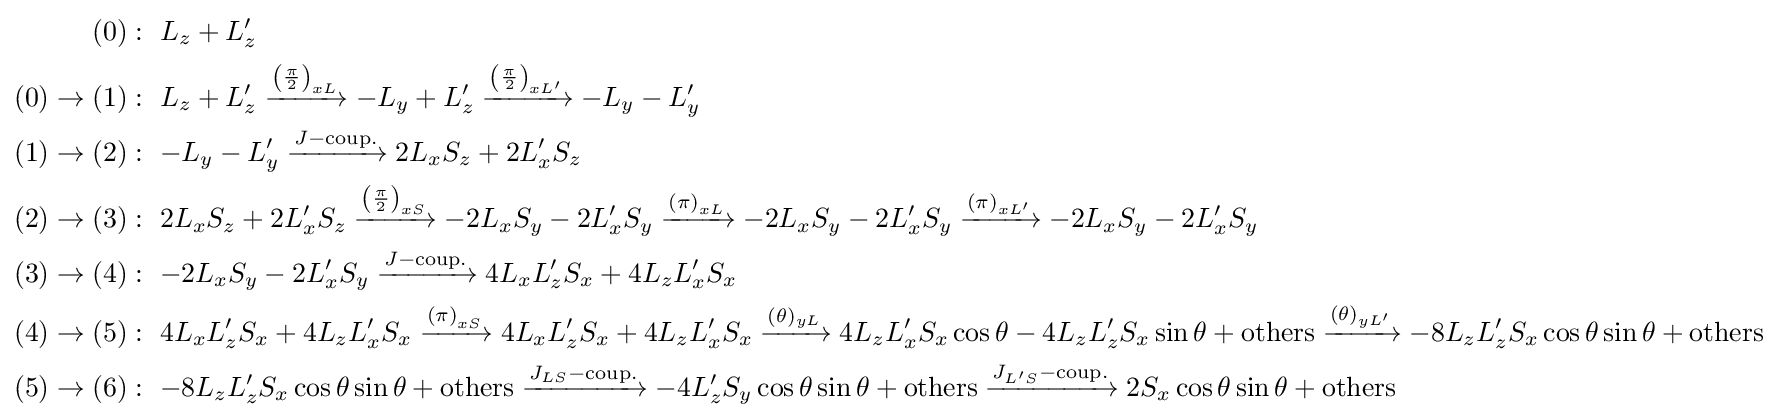
{\begin{aligned}(0)&:\ L_{z}+L_{z}'\\(0)\to (1)&:\ L_{z}+L_{z}'\xrightarrow {\left({\frac {\pi }{2}}\right)_{xL}} -L_{y}+L_{z}'\xrightarrow {\left({\frac {\pi }{2}}\right)_{xL'}} -L_{y}-L_{y}'\\(1)\to (2)&:\ {-L_{y}-L_{y}'}\xrightarrow {J-{\text{coup.}}} 2L_{x}S_{z}+2L_{x}'S_{z}\\(2)\to (3)&:\ 2L_{x}S_{z}+2L_{x}'S_{z}\xrightarrow {\left({\frac {\pi }{2}}\right)_{xS}} -2L_{x}S_{y}-2L_{x}'S_{y}\xrightarrow {\left(\pi \right)_{xL}} -2L_{x}S_{y}-2L_{x}'S_{y}\xrightarrow {\left(\pi \right)_{xL'}} -2L_{x}S_{y}-2L_{x}'S_{y}\\(3)\to (4)&:\ -2L_{x}S_{y}-2L_{x}'S_{y}\xrightarrow {J-{\text{coup.}}} 4L_{x}L_{z}'S_{x}+4L_{z}L_{x}'S_{x}\\(4)\to (5)&:\ 4L_{x}L_{z}'S_{x}+4L_{z}L_{x}'S_{x}\xrightarrow {\left(\pi \right)_{xS}} 4L_{x}L_{z}'S_{x}+4L_{z}L_{x}'S_{x}\xrightarrow {(\theta )_{yL}} 4L_{z}L_{x}'S_{x}\cos \theta -4L_{z}L_{z}'S_{x}\sin \theta +{\text{others}}\xrightarrow {(\theta )_{yL'}} -8L_{z}L_{z}'S_{x}\cos \theta \sin \theta +{\text{others}}\\(5)\to (6)&:\ -8L_{z}L_{z}'S_{x}\cos \theta \sin \theta +{\text{others}}\xrightarrow {J_{LS}-{\text{coup.}}} -4L_{z}'S_{y}\cos \theta \sin \theta +{\text{others}}\xrightarrow {J_{L'S}-{\text{coup.}}} 2S_{x}\cos \theta \sin \theta +{\text{others}}\end{aligned}}